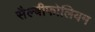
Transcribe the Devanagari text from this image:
सैल्बीफोलियम